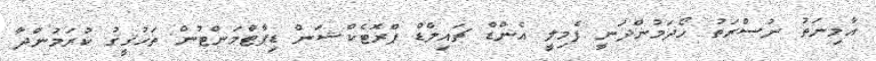
އާމިނަތު ނުސްރަތު ހޯދަމުންދަނީ ފެމިލީ އެންޑް ޗައިލްޑް ޕްރޮޓެކްޝަން ޑިޕާޓްމަންޓުން ތަހުޤީޤު ކުރަމުންދާ